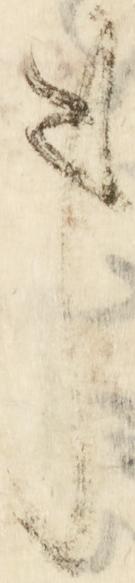
事